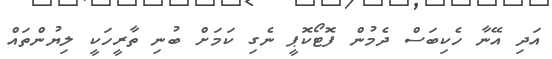
އަދި އޭނާ ހެކިބަސް ދެމުން ފޮޓޯކޮޕީ ނެގި ކަމަށް ބުނި ތާރީހަކީ ލިޔުންތައް